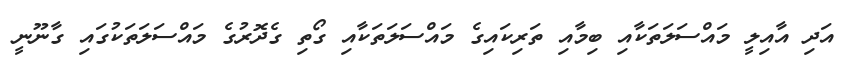
އަދި އާއިލީ މައްސަލަތަކާއި ބިމާއި ތަރިކައިގެ މައްސަލަތަކާއި ގޯތި ގެދޮރުގެ މައްސަލަތަކުގައި ގާނޫނީ